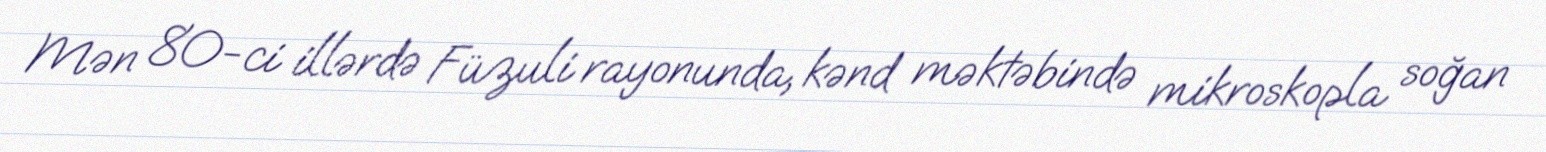
Mən 80-ci illərdə Füzuli rayonunda, kənd məktəbində mikroskopla soğan